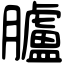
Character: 臚